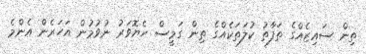
ތިން ސައިޒެއްގެ ތަފާތު ކުލަތަކެއްގެ ތިން ގަމީސް ހެޔޮވަރު ނުވުމުން އަހަރެން އެންމެ